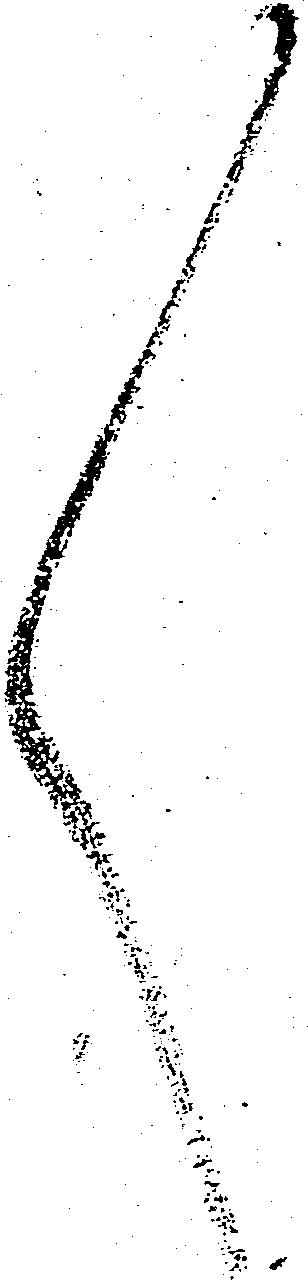
々